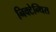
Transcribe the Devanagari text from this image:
निक्टेन्थिस